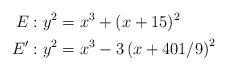
LaTeX: \begin{align*} E: y^2 &=x^3+(x+15)^2 \\ E': y^2 & =x^3-3\left(x+401/9\right)^2 \end{align*}